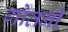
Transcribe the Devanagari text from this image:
गोतनी